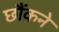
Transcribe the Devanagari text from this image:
छौंकने